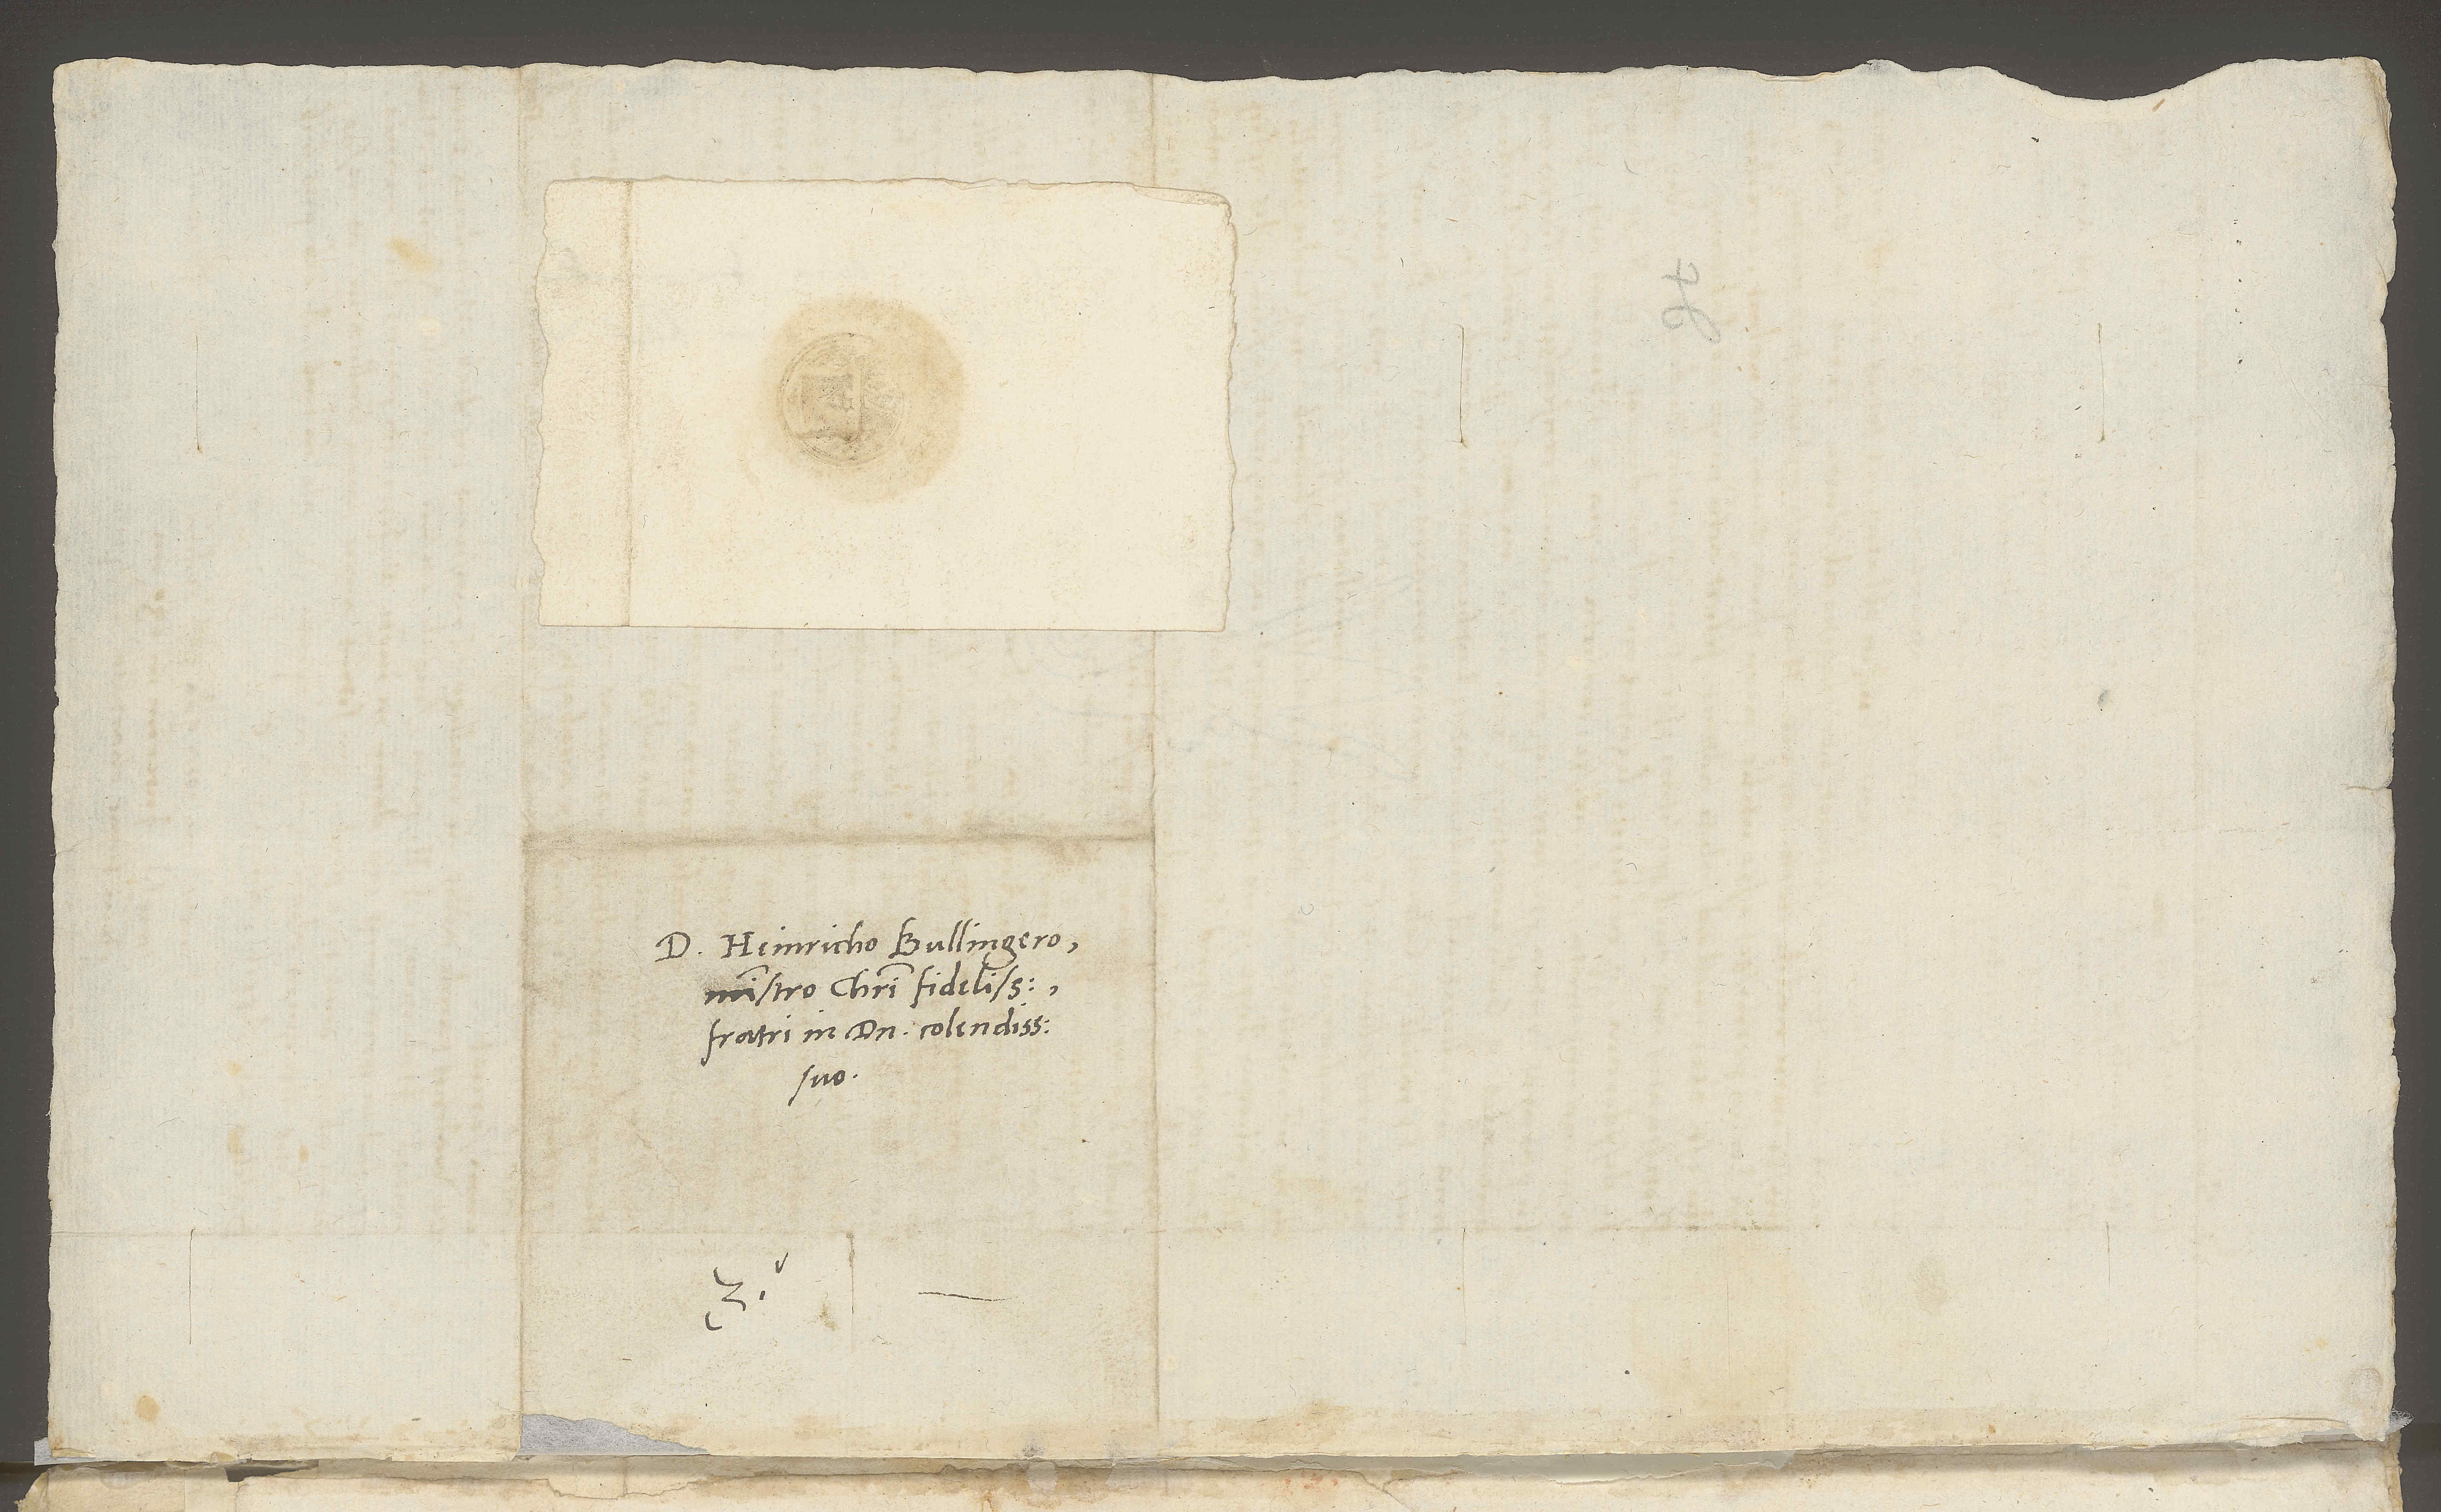
D. Heinricho Bullingero,
ministro Christi fidelissimo,
fratri in domino colendissimo
suo.